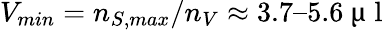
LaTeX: V_{min}=n_{S,max}/n_{V}\approx 3.7–5.6\mathrm{~µ~l~}